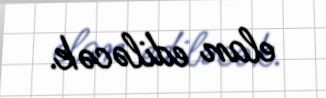
elan ediləcək.